Indian journal of veterinary science and animal husbandry - Volumes 15-17, 1948-1951
Year: 1948
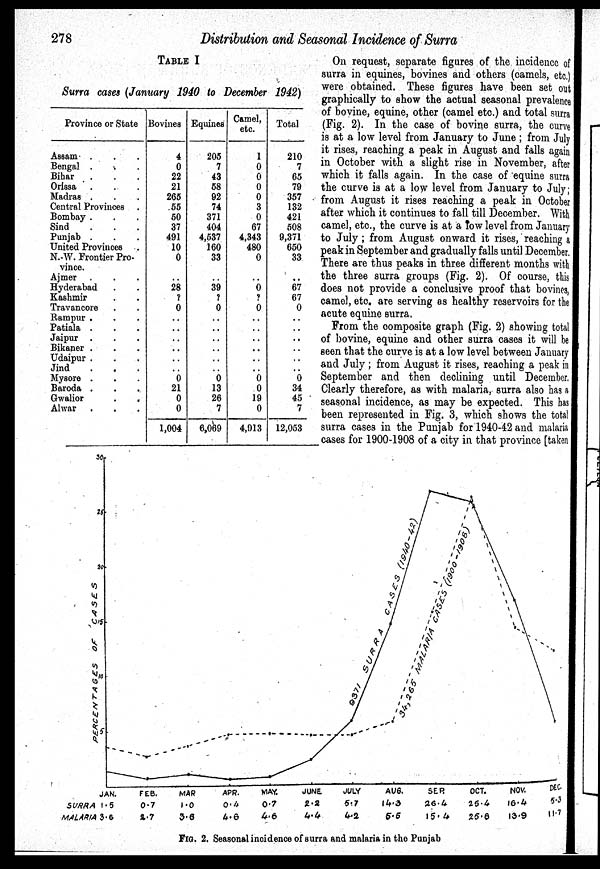
278
Distribution and Seasonal Incidence of Surra
TABLE I
Surra cases (January 1940 to December 1942)
Province or State
Assam . . .
Bengal . . .
Bihar . . .
Orissa. . .
Madras . . .
Central Provinces .
Bombay . . .
Sind
...
Punjab . . .
United Provinces .
N.-W. Frontier Pro-
vince.
Ajmer. . .
Hyderabad. . .
Kashmir. . .
Travancore. . .
Rampur . . .
Patiala . . .
Jaipur . . .
Bikaner . . .
Udaipur . . .
Jind . . .
Mysore . . .
Baroda . . .
Gwalior . . .
Alwar . . .
Bovines
4
0
22
21
265
55
50
37
491
10
0
. .
28
?
0
. .
. .
. .
. .
. .
. .
0
21
0
0
1,004
Equines
205
7
43
58
92
74
371
404
4,537
160
33
. .
39
?
0
. .
. .
. .
. .
. .
. .
0
13
26
7
6,069
Camel,
etc.
1
0
0
0
0
3
0
67
4,343
480
0
. .
0
?
0
. .
. .
. .
. .
. .
. .
0
0
19
0
4,913
Total
210
7
65
79
357
132
421
508
9,371
650
33
. .
67
67
0
. .
. .
. .
. .
. .
. .
0
34
45
7
12,053
On request, separate figures of the incidence of
surra in equines, bovines and others (camels, etc.)
were obtained. These figures have been set out
graphically to show the actual seasonal prevalence
of bovine, equine, other (camel etc.) and total surra
(Fig. 2). In the case of bovine surra, the curve
is at a low level from January to June; from July
it rises, reaching a peak in August and falls again
in October with a slight rise in November, after
which it falls again. In the case of equine surra
the curve is at a low level from January to July;
from August it rises reaching a peak in October
after which it continues to fall till December. With
camel, etc., the curve is at a low level from January
to July; from August onward it rises, reaching a
peak in September and gradually falls until December.
There are thus peaks in three different months with
the three surra groups (Fig. 2). Of course, this
does not provide a conclusive proof that bovines,
camel, etc. are serving as healthy reservoirs for the
acute equine surra.
From the composite graph (Fig. 2) showing total
of bovine, equine and other surra cases it will be
seen that the curve is at a low level between January
and July; from August it rises, reaching a peak in
September and then declining until December.
Clearly therefore, as with malaria, surra also has a
seasonal incidence, as may be expected. This has
been represented in Fig. 3, which shows the total
surra cases in the Punjab for 1940-42 and malaria
cases for 1900-1908 of a city in that province [taken
FIG. 2. Seasonal incidence of surra and malaria in the Punjab